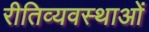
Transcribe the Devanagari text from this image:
रीतिव्यवस्थाओं